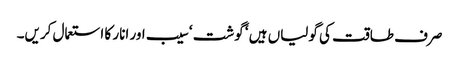
صرف طاقت کی گولیاں ہیں ‘ گوشت ‘ سیب اور انار کا استعمال کریں۔